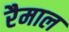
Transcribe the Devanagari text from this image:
रैमाल